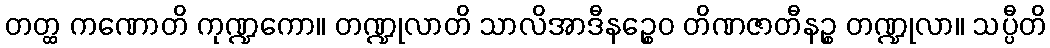
တတ္ထ ကဏောတိ ကုဏ္ဍကော။ တဏ္ဍုလာတိ သာလိအာဒီနဉ္စေဝ တိဏဇာတီနဉ္စ တဏ္ဍုလာ။ သပ္ပီတိ